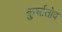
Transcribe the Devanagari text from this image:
कुर्चातोव